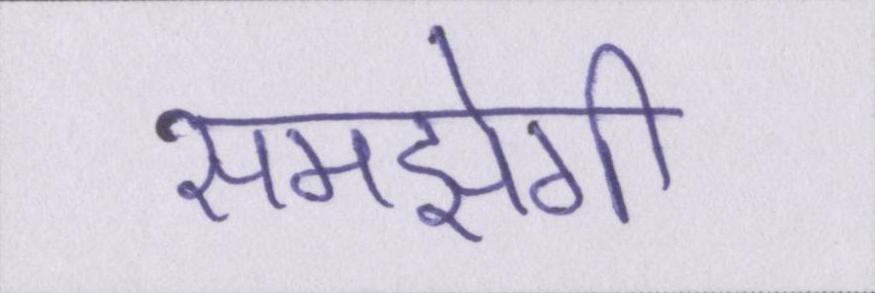
समझेगी